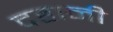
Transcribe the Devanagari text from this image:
दहानी